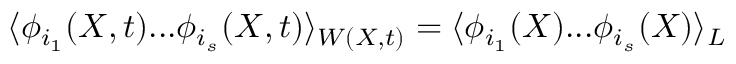
\langle \phi _ { i _ { 1 } } ( X , t ) . . . \phi _ { i _ { s } } ( X , t ) \rangle _ { W ( X , t ) } = \langle \phi _ { i _ { 1 } } ( X ) . . . \phi _ { i _ { s } } ( X ) \rangle _ { \cal L }